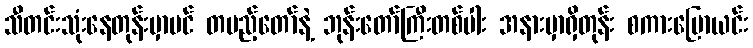
သီတင်းသုံးနေတုန်းမှာပင် တပည့်တော်နဲ့ ဘုန်းတော်ကြီးတစ်ပါး အနားမှာရှိတုန်း စကားပြောယင်း